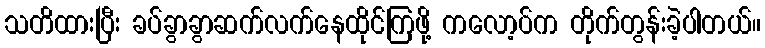
သတိထားပြီး ခပ်ခွာခွာဆက်လက်နေထိုင်ကြဖို့ ကလော့ပ်က တိုက်တွန်းခဲ့ပါတယ်။